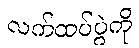
လက်ထပ်ပွဲကို